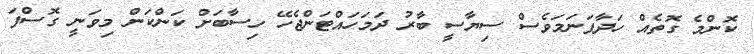
ކޮންމެ ގޮތެއް ހަދާފަނަމަވެސް ސިޔާސީ ބާރު ދަމަހައްޓަންޖެހޭ ހިސާބަށް ކަންކަން މިވަނީ ގޮސްފަ